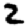
Digit: 2